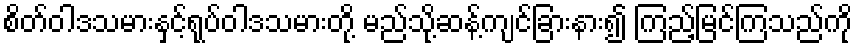
စိတ်ဝါဒသမားနှင့်ရုပ်ဝါဒသမားတို့ မည်သို့ဆန့်ကျင်ခြားနား၍ ကြည့်မြင်ကြသည်ကို